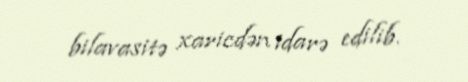
bilavasitə xaricdən idarə edilib.